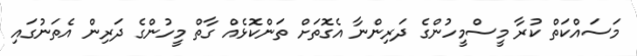
މަސައްކަތް ކުރާ މީސްމީހުންގެ ދަރިންނާ އެގޮތަށް ތަންކޮޅެއް ގާތް މީހުންގެ ދަރިން އެތަނުގައި